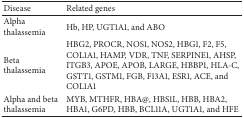
| Disease | Related genes |
 | --- | --- |
 | Alpha thalassemia | Hb, HP, UGT1A1, and ABO |
 | Beta thalassemia | HBG2, PROCR, NOS1, NOS2, HBG1, F2, F5, COL1A1, HAMP, VDR, TNF, SERPINE1, AHSP, ITGB3, APOE, APOB, LARGE, HBBP1, HLA-C, GSTT1, GSTM1, FGB, F13A1, ESR1, ACE, and COL1A1 |
 | Alpha and beta thalassemia | MYB, MTHFR, HBA@, HBS1L, HBB, HBA2, HBA1, G6PD, HBB, BCL11A, UGT1A1, and HFE |